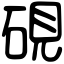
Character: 硯